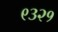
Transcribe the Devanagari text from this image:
९३२१